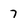
Character: 7